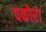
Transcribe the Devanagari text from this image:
पकोरा